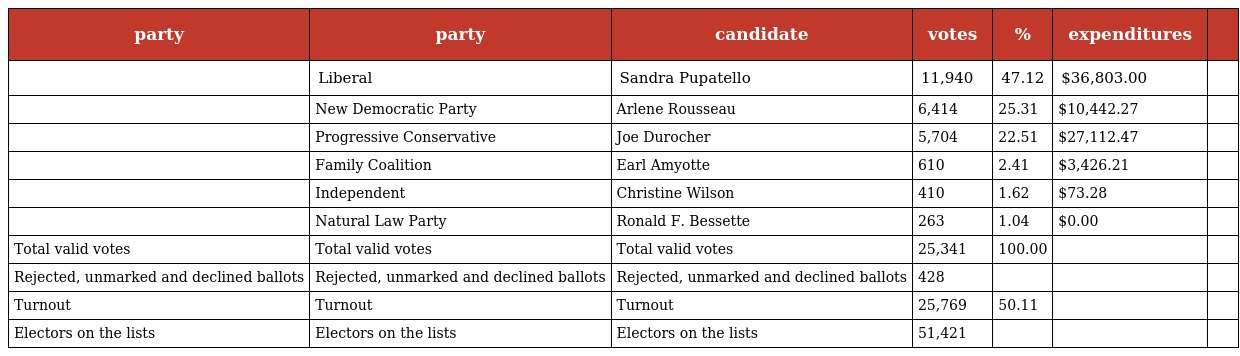
| party | party | candidate | votes | % | expenditures |  |
 | --- | --- | --- | --- | --- | --- | --- |
 |  | Liberal | Sandra Pupatello | 11,940 | 47.12 | $36,803.00 |  |
 |  | New Democratic Party | Arlene Rousseau | 6,414 | 25.31 | $10,442.27 |  |
 |  | Progressive Conservative | Joe Durocher | 5,704 | 22.51 | $27,112.47 |  |
 |  | Family Coalition | Earl Amyotte | 610 | 2.41 | $3,426.21 |  |
 |  | Independent | Christine Wilson | 410 | 1.62 | $73.28 |  |
 |  | Natural Law Party | Ronald F. Bessette | 263 | 1.04 | $0.00 |  |
 | Total valid votes | Total valid votes | Total valid votes | 25,341 | 100.00 |  |  |
 | Rejected, unmarked and declined ballots | Rejected, unmarked and declined ballots | Rejected, unmarked and declined ballots | 428 |  |  |  |
 | Turnout | Turnout | Turnout | 25,769 | 50.11 |  |  |
 | Electors on the lists | Electors on the lists | Electors on the lists | 51,421 |  |  |  |